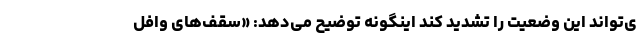
ی‌تواند این وضعیت را تشدید کند اینگونه توضیح می‌دهد: «سقف‌های وافل